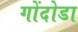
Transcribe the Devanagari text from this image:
गोंदोडा